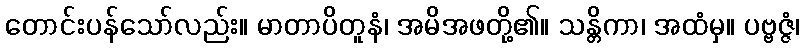
တောင်းပန်သော်လည်း။ မာတာပိတူနံ၊ အမိအဖတို့၏။ သန္တိကာ၊ အထံမှ။ ပဗ္ဗဇ္ဇံ၊